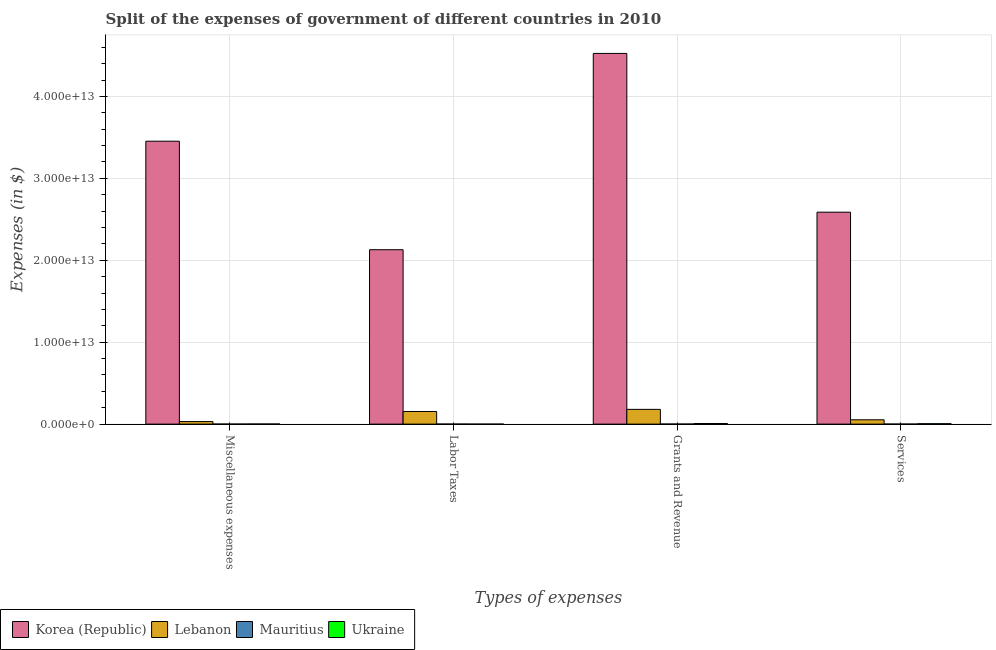
| Types of expenses | Korea (Republic) | Lebanon | Mauritius | Ukraine |
 | --- | --- | --- | --- | --- |
 | Miscellaneous expenses | 3.45e+13 | 3.11e+11 | 7.1e+09 | 1.56e+10 |
 | Labor Taxes | 2.13e+13 | 1.54e+12 | 5.25e+09 | 1.08e+06 |
 | Grants and Revenue | 4.52e+13 | 1.8e+12 | 9.53e+09 | 7.4e+10 |
 | Services | 2.59e+13 | 5.28e+11 | 8.07e+09 | 5.07e+10 |